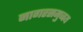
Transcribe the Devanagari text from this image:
नागरसमुच्चय